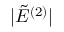
| \tilde { E } ^ { ( 2 ) } |